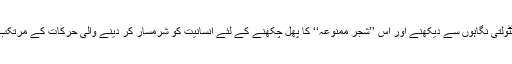
کچے اور نابالغ ذہن اور معصوم و پاکیزہ نگاہیں مردو عورت کو ٹٹولتی نگاہوں سے دیکھنے اور اس ’’شجر ممنوعہ‘‘ کا پھل چکھنے کے لئے انسانیت کو شرمسار کر دینے والی حرکات کے مرتکب ہونے لگیں، اسے ادب کے زمرے میں کیسے رکھا جا سکتا ہے۔